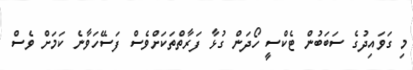
މި ގަވައިދުގެ ސަބަބުން ޓެކްސީ ހޯދަން ގުޅާ ފަރާތްތަކަށްވެސް ފަސޭހަވާނެ ކަމަށް ވެސް